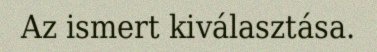
Az ismert kiválasztása.